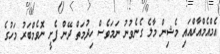
އެމްއެމްއާރްއައި މެޝިން މާލެ ގެނެވުނު ނަަމަވެސް ހިދުމަތް ދޭން ފެށީ ނޮވެމްބަރު މަހުގެ